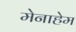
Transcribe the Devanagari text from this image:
मेनाहेम